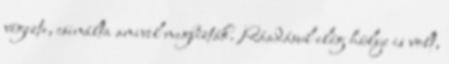
végezte, csinálta amivel megbízták. Ráadásul elég hülye is volt,